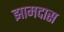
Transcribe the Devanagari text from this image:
झामदास